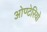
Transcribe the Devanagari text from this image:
ओण्टेरियो